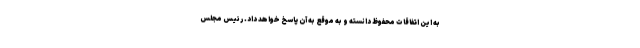
به این اتفاقات محفوظ دانسته و به موقع به آن پاسخ خواهد داد. رئیس مجلس